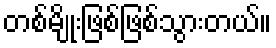
တစ်မျိုးဖြစ်ဖြစ်သွားတယ်။